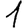
Digit: 1